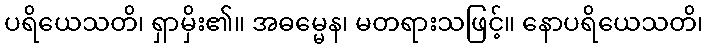
ပရိယေသတိ၊ ရှာမှိး၏။ အဓမ္မေန၊ မတရားသဖြင့်။ နောပရိယေသတိ၊